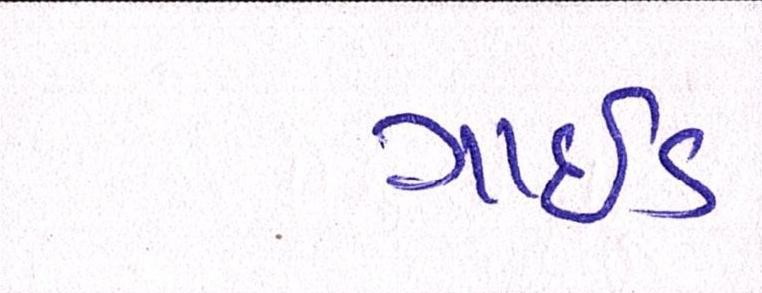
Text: ગાઇડ